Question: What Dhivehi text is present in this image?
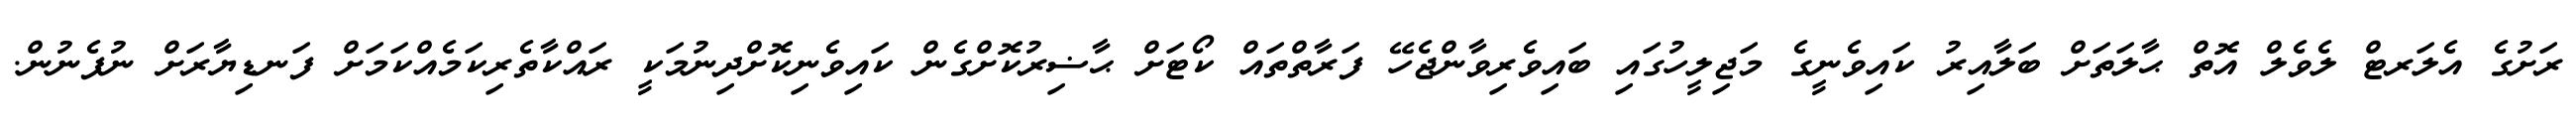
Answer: ރަށުގެ އެލަރޓް ލެވެލް އޮތް ޙާލަތަށް ބަލާއިރު ކައިވެނީގެ މަޖިލީހުގައި ބައިވެރިވާންޖެހޭ ފަރާތްތައް ކޯޓަށް ޙާޟިރުކޮށްގެން ކައިވެނިކޮށްދިނުމަކީ ރައްކާތެރިކަމެއްކަމަށް ފަނޑިޔާރަށް ނުފެނުން.